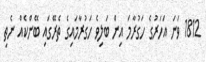
1812 ވަނަ އަހަރުގެ ހަގުރާމަ އިން ބަލިވެ ހަގުރާމައިގެ ތެރޭގައި ބޭންކެއް ނެތި